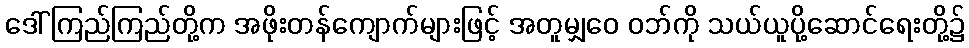
ဒေါ်ကြည်ကြည်တို့က အဖိုးတန်ကျောက်များဖြင့် အတူမျှဝေ ဝဘ်ကို သယ်ယူပို့ဆောင်ရေးတို့၌